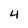
Character: 4